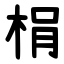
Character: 梋